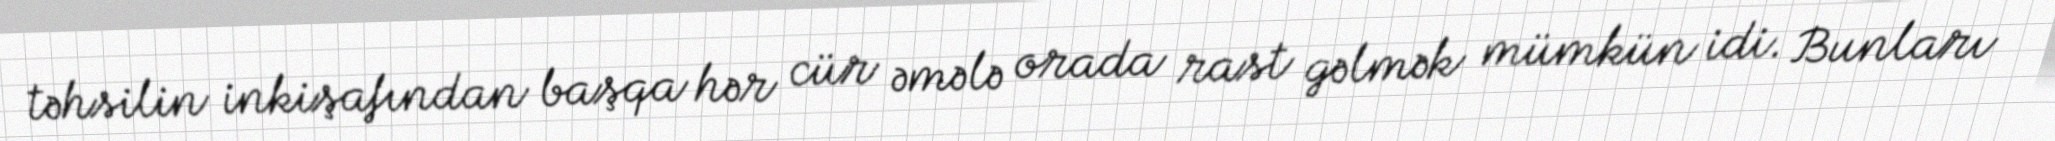
təhsilin inkişafından başqa hər cür əmələ orada rast gəlmək mümkün idi. Bunları